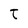
Character: t